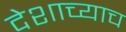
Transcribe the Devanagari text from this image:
देशाच्याच